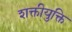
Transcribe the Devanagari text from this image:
शक्तीयुक्ति